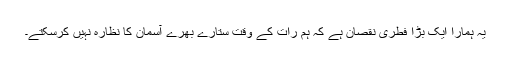
یہ ہمارا ایک بڑا فطری نقصان ہے کہ ہم رات کے وقت ستارے بھرے آسمان کا نظارہ نہیں کرسکتے۔